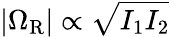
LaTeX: |\Omega_{\mathrm{R}}|\propto\sqrt{I_{1}I_{2}}